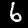
Label: 6